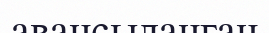
авансыланған